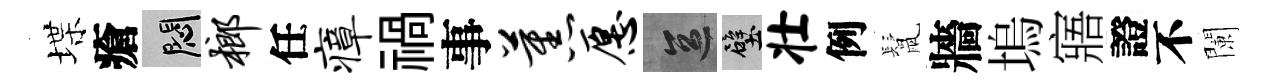
堞瘡悶榔任瘴禍事蕉愿區壁壮例鬛牆塢寤證不闌